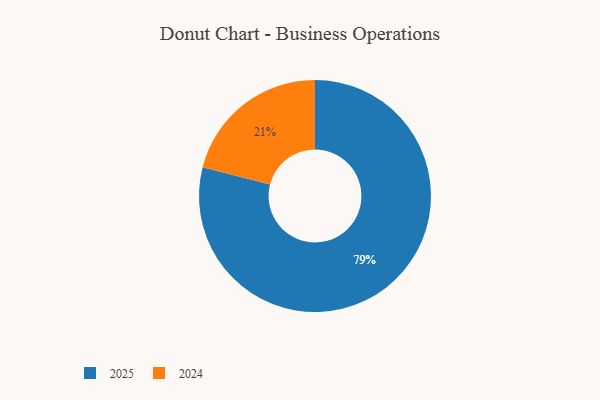
{"axis": {"x": "Category", "y": "Percentage"}, "legend": ["2024", "2025"], "data": [{"x": "2024", "y": 21, "type": "2024"}, {"x": "2025", "y": 79, "type": "2025"}]}